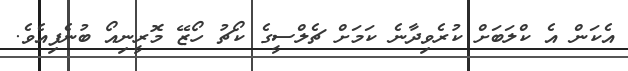
އެކަން އެ ކްލަބަށް ކުރެވިދާނެ ކަމަށް ޗެލްސީގެ ކޯޗު ހޯޒޭ މޮރީނިއޯ ބުނެފިއެވެ.